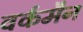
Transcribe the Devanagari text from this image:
वर्कमैन